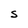
Character: S